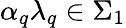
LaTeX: \alpha_{q}{\lambda}_{q}\in\Sigma_{1}